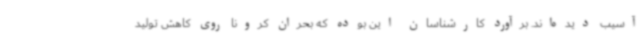
آسیب دیده‌اند. برآورد کارشناسان این بوده که بحران کرونا روی کاهش تولید